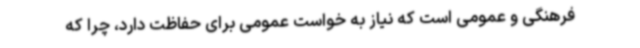
فرهنگی و عمومی است که نیاز به خواست عمومی برای حفاظت دارد، چرا که